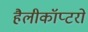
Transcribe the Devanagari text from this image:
हैलीकॉप्टरो